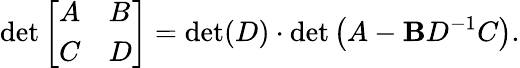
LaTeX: \operatorname*{det}{\left[\begin{array}{ll}{A}&{B}\\ {C}&{D}\end{array}\right]}=\operatorname*{det}(D)\cdot\operatorname*{det}\left(A-\mathbf{B}D^{-1}C\right).